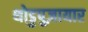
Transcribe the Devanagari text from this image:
थोडुपुज़ायार